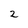
Character: 2